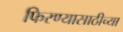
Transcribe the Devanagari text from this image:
फिरण्यासाठीच्या